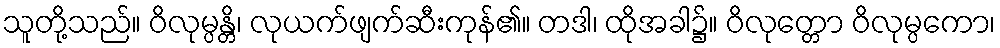
သူတို့သည်။ ဝိလုမ္ပန္တိ၊ လုယက်ဖျက်ဆီးကုန်၏။ တဒါ၊ ထိုအခါ၌။ ဝိလုတ္တော ဝိလုမ္ပကော၊